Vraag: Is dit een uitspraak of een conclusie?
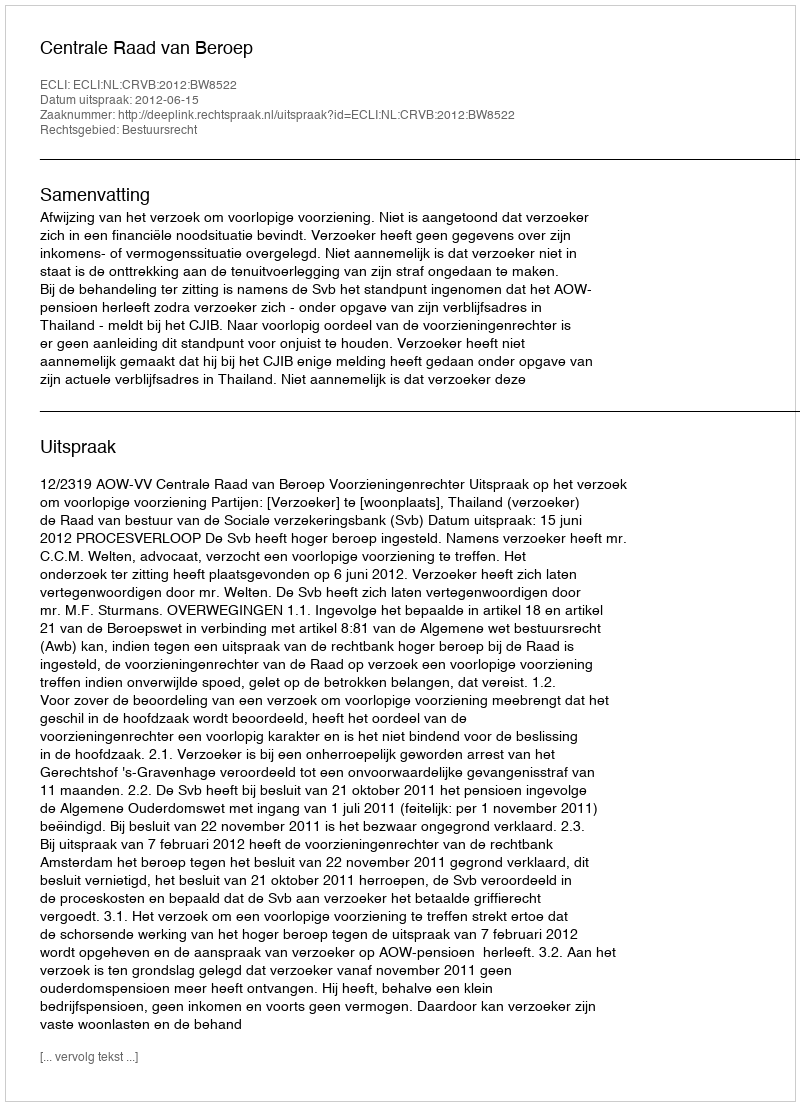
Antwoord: Uitspraak